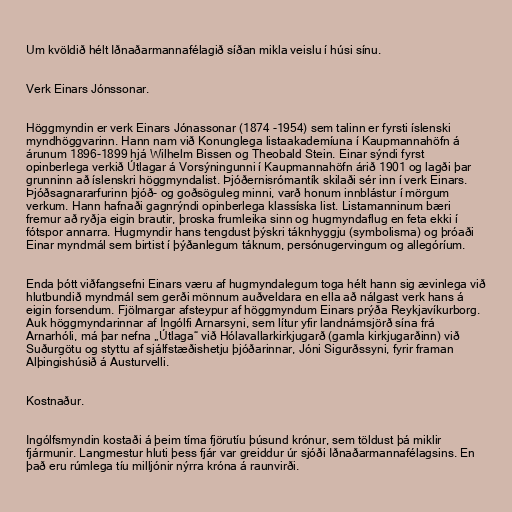
Um kvöldið hélt Iðnaðarmannafélagið síðan mikla veislu í húsi sínu.

Verk Einars Jónssonar.

Höggmyndin er verk Einars Jónassonar (1874 -1954) sem talinn er fyrsti íslenski
myndhöggvarinn. Hann nam við Konunglega listaakademíuna í Kaupmannahöfn á
árunum 1896-1899 hjá Wilhelm Bissen og Theobald Stein. Einar sýndi fyrst
opinberlega verkið Útlagar á Vorsýningunni í Kaupmannahöfn árið 1901 og lagði þar
grunninn að íslenskri höggmyndalist. Þjóðernisrómantík skilaði sér inn í verk Einars.
Þjóðsagnararfurinn þjóð- og goðsöguleg minni, varð honum innblástur í mörgum
verkum. Hann hafnaði gagnrýndi opinberlega klassíska list. Listamanninum bæri
fremur að ryðja eigin brautir, þroska frumleika sinn og hugmyndaflug en feta ekki í
fótspor annarra. Hugmyndir hans tengdust þýskri táknhyggju (symbolisma) og þróaði
Einar myndmál sem birtist í þýðanlegum táknum, persónugervingum og allegóríum.

Enda þótt viðfangsefni Einars væru af hugmyndalegum toga hélt hann sig ævinlega við
hlutbundið myndmál sem gerði mönnum auðveldara en ella að nálgast verk hans á
eigin forsendum. Fjölmargar afsteypur af höggmyndum Einars prýða Reykjavíkurborg.
Auk höggmyndarinnar af Ingólfi Arnarsyni, sem lítur yfir landnámsjörð sína frá
Arnarhóli, má þar nefna „Útlaga“ við Hólavallarkirkjugarð (gamla kirkjugarðinn) við
Suðurgötu og styttu af sjálfstæðishetju þjóðarinnar, Jóni Sigurðssyni, fyrir framan
Alþingishúsið á Austurvelli.

Kostnaður.

Ingólfsmyndin kostaði á þeim tíma fjörutíu þúsund krónur, sem töldust þá miklir
fjármunir. Langmestur hluti þess fjár var greiddur úr sjóði Iðnaðarmannafélagsins. En
það eru rúmlega tíu milljónir nýrra króna á raunvirði.